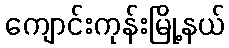
ကျောင်းကုန်းမြို့နယ်